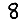
Digit: 8